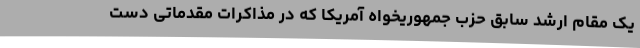
یک مقام ارشد سابق حزب جمهوریخواه آمریکا که در مذاکرات مقدماتی دست